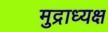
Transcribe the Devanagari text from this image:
मुद्राध्यक्ष